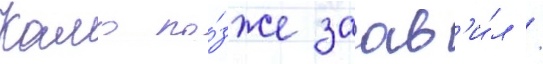
Камо по́зже заав'и́л /